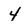
Character: 4